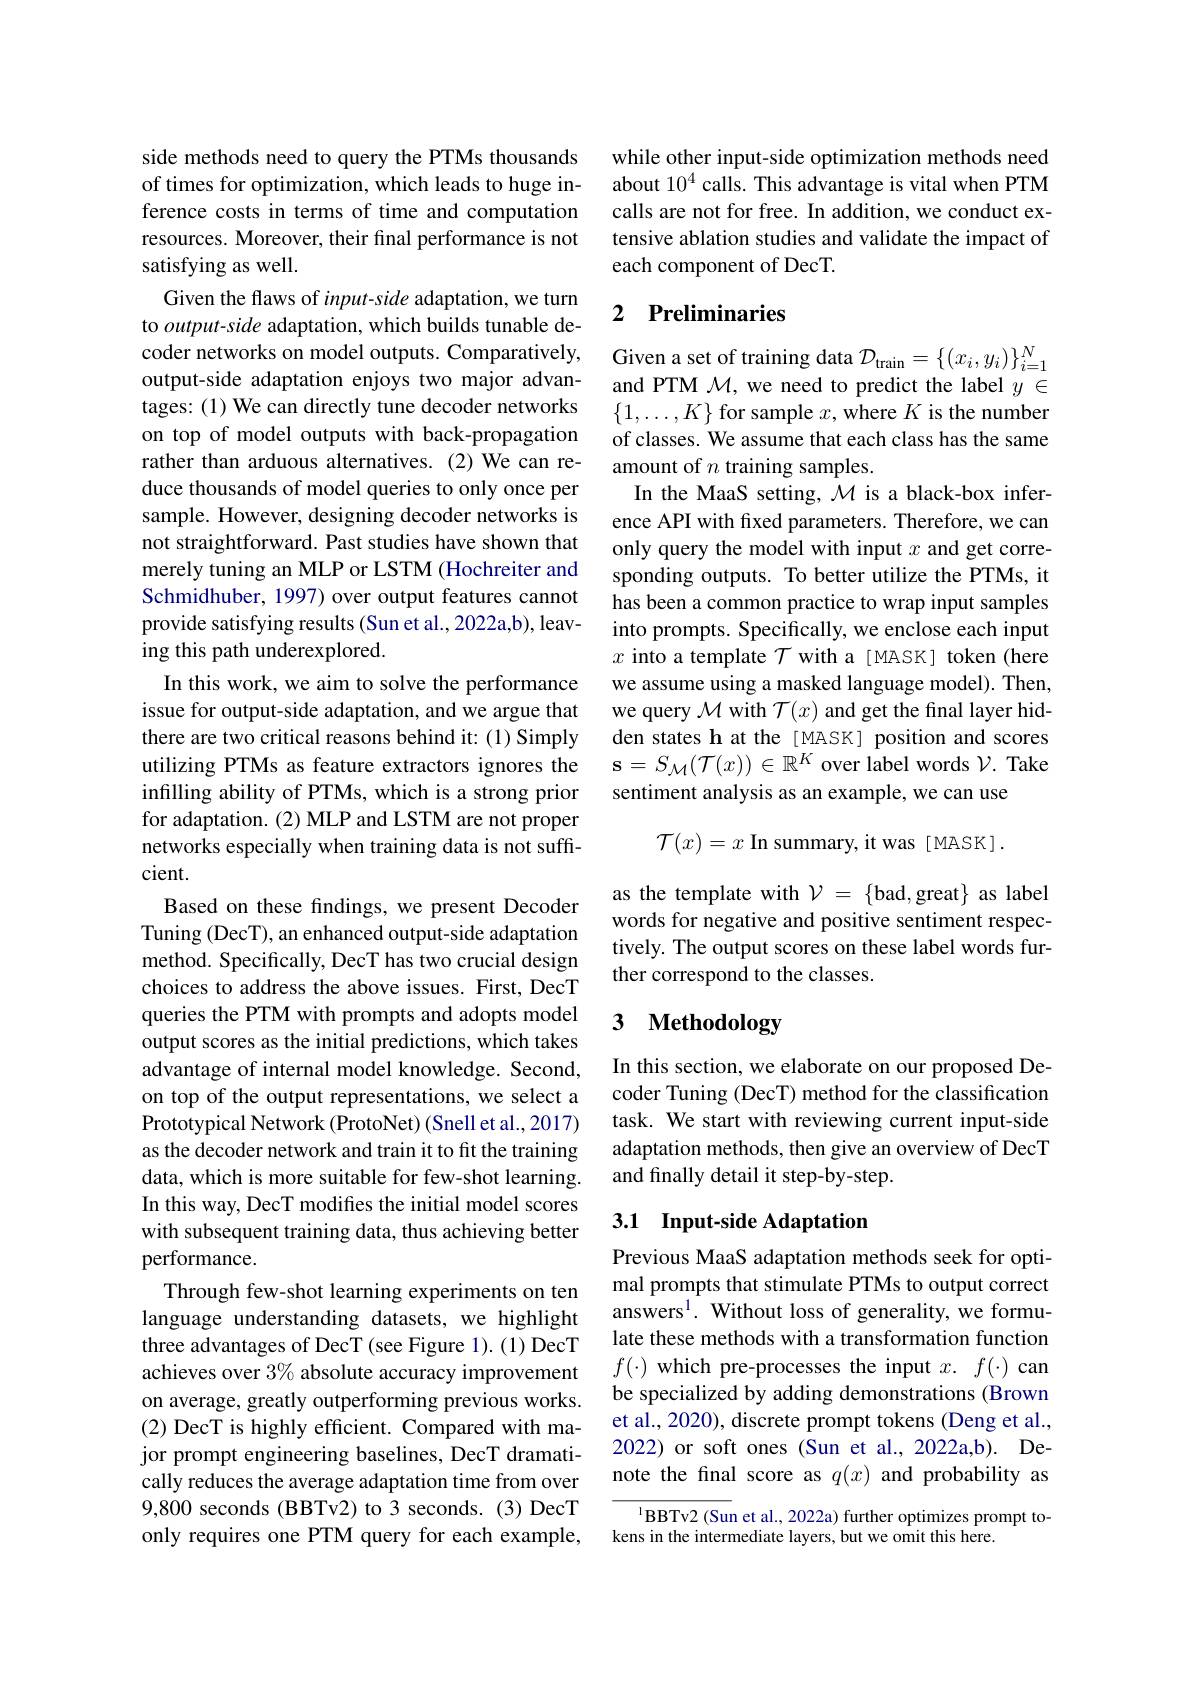
side methods need to query the PTMs thousands of times for optimization, which leads to huge inference costs in terms of time and computation resources. Moreover, their final performance is not satisfying as well.
Given the flaws of input-side adaptation, we turn to output-side adaptation, which builds tunable decoder networks on model outputs. Comparatively, output-side adaptation enjoys two major advantages: (1) We can directly tune decoder networks on top of model outputs with back-propagation rather than arduous alternatives. (2) We can reduce thousands of model queries to only once per sample. However, designing decoder networks is not straightforward. Past studies have shown that merely tuning an MLP or LSTM (Hochreiter and Schmidhuber, 1997) over output features cannot provide satisfying results (Sun et al.,2022a,b), leaving this path underexplored.
In this work, we aim to solve the performance issue for output-side adaptation, and we argue that there are two critical reasons behind it: (1) Simply utilizing PTMs as feature extractors ignores the infilling ability of PTMs, which is a strong prior for adaptation.(2) MLP and LSTM are not proper networks especially when training data is not sufficient.
Based on these findings, we present Decoder Tuning (DecT), an enhanced output-side adaptation method. Specifically, DecT has two crucial design choices to address the above issues. First, DecT queries the PTM with prompts and adopts model output scores as the initial predictions, which takes advantage of internal model knowledge. Second, on top of the output representations, we select a Prototypical Network (ProtoNet) (Snell et al.,2017) as the decoder network and train it to fit the training data, which is more suitable for few-shot learning. In this way, DecT modifies the initial model scores with subsequent training data, thus achieving better performance.
Through few-shot learning experiments on ten language understanding datasets, we highlight three advantages of DecT (see Figure 1). (1) DecT achieves over $3\%$ absolute accuracy improvement on average, greatly outperforming previous works. (2) DecT is highly efficient. Compared with major prompt engineering baselines, DecT dramatically reduces the average adaptation time from over 9,800 seconds (BBTv2) to 3 seconds. (3) DecT only requires one PTM query for each example,

while other input-side optimization methods need about $10^4$ calls. This advantage is vital when PTM calls are not for free. In addition, we conduct extensive ablation studies and validate the impact of each component of DecT.

### 2 Preliminaries

Given a set of training data $\mathcal{D}_\mathrm{train}=\{(x_i,y_i)\}_{i=1}^N$ and PTM $\mathcal{M}$,we need to predict the label $y\in$ $\{1,\ldots,K\}$ for sample $x$,where $K$ is the number of classes. We assume that each class has the same amount of $n$ training samples.
In the MaaS setting, $\mathcal{M}$ is a black-box inference API with fixed parameters. Therefore, we can only query the model with input $x$ and get corresponding outputs. To better utilize the PTMs, it has been a common practice to wrap input samples into prompts. Specifically, we enclose each input $x$ into a template $\mathcal{T}$ with a [MASK] token (here we assume using a masked language model). Then, we query $\mathcal{M}$ with $\mathcal{T}(x)$ and get the final layer hidden states h at the [MASK] position and scores $\mathbf{s}=S_{\mathcal{M}}(\mathcal{T}(x))\in\mathbb{R}^{K}$ over label words $\mathcal{V}.$ Take sentiment analysis as an example, we can use
$\mathcal{T}(x)=x$ In summary, it was [MASK].

as the template with $\mathcal{V}=\{$bad,great$\}$ as label words for negative and positive sentiment respectively. The output scores on these label words further correspond to the classes.

# 3 Methodology

In this section, we elaborate on our proposed Decoder Tuning (DecT) method for the classification task. We start with reviewing current input-side adaptation methods, then give an overview of DecT and finally detail it step-by-step.

## 3.1 Input-side Adaptation

Previous MaaS adaptation methods seek for optimal prompts that stimulate PTMs to output correct answers$^1.$ Without loss of generality, we formulate these methods with a transformation function $f(\cdot)$ which pre-processes the input $x.f(\cdot)$ can be specialized by adding demonstrations (Brown et al., 2020), discrete prompt tokens (Deng et al., 2022) or soft ones (Sun et al., 2022a,b). Denote the final score as $q(x)$ and probability as

$^{1}$BBTv2(Sun et al., 2022a) further optimizes prompt to-
kens in the intermediate layers, but we omit this here.